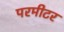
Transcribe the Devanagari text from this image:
परमीटर